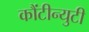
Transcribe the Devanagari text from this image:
कौंटीन्युटी